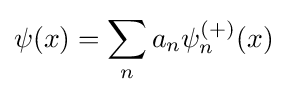
\psi (x)=\sum _{n}a_{n}\psi _{n}^{(+)}(x)